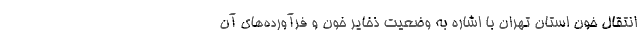
انتقال خون استان تهران با اشاره به وضعیت ذخایر خون و فرآورده‌های آن